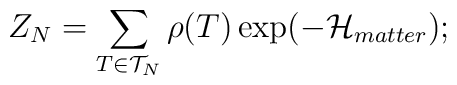
Z_N = \sum_{T\in{\cal{T}}_N} \rho (T)\exp ( -{\cal{H}}_{matter} );\protect